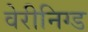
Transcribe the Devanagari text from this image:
वेरीनिग्ड